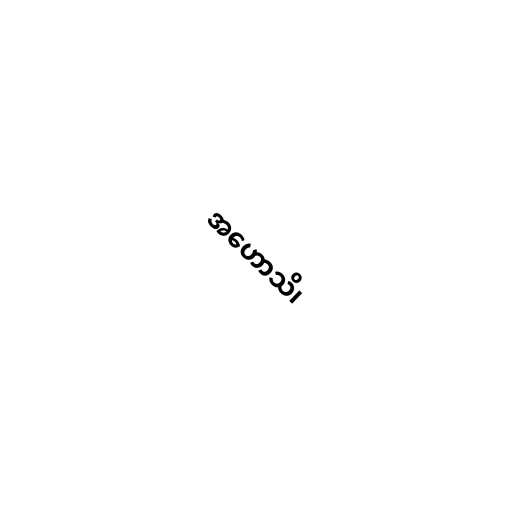
အဟောသိ၊